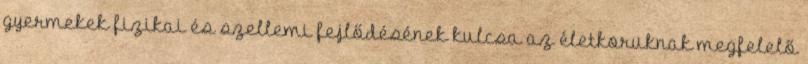
gyermekek fizikai és szellemi fejlődésének kulcsa az életkoruknak megfelelő